Annual administration report of the Civil Veterinary Department of India - 1910-1911
Year: 1910
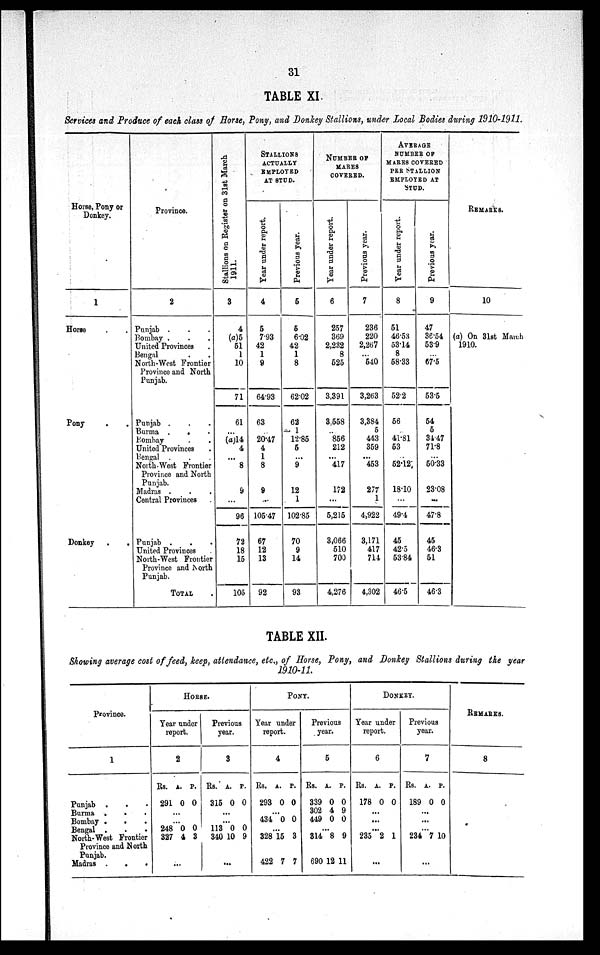
31
TABLE XI.
Services and Produce of each class of Horse, Pony, and Donkey Stallions, under Local Bodies during 1910-1911.
Horse, Pony or
Donkey.
1
Horse . .
Pony . .
Donkey .
.
Province.
2
Punjab . . .
Bombay . . .
United Provinces .
Bengal . .
North-West Frontier
Province and North
Punjab.
Punjab . . .
Burma . . .
Bombay . . .
United Provinces .
Bengal . . .
North-West Frontier
Province and North
Punjab.
Madras . . .
Central Provinces .
Punjab . . .
United Provinces
North-West Frontier
Province and North
Punjab.
TOTAL .
Stallions on Register on 31st March
1911.
3
4
(a) 5
51
1
10
71
61
...
(a)14
4
...
8
9
...
96
72
18
15
105
STALLIONS
ACTUALLY
EMPLOYED
AT STUD.
Year under report.
4
5
7.93
42
1
9
64.93
63
... 20.47
4
1
8
9
...
105.47
67
12
13
92
Previous year.
5
5
6.02
42
1
8
62.02
62
1
12.85
5
...
9
12
1
102.85
70
9
14
93
NUMBER OF
MARES
COVERED.
Year under report.
6
257
369
2,232
8
525
3,391
3,558
.. 856
212
...
417
172
...
5,215
3,066
510
700
4,276
Previous year.
7
236
220
2,267
...
540
3,263
3,384
5
443
359
...
453
277
1
4,922
3,171
417
714
4,302
AVERAGE
NUMBER OF
MARES COVERED
PER STALLION
EMPLOYED AT
STUD.
Year under report.
8
51
46.53
53.14
8
58.33
52.2
56
41.81
53
52.12
18.10
...
49.4
45
42.5
53.84
46.5
Previous year.
9
47
36.54
53.9
...
67.5
53.5
54
5
34.47
71.8
...
50.33
23.08
...
47.8
45
46.3
51
46.3
REMARKS.
10
(a) On 31st March
1910.
TABLE XII.
Showing average cost of feed, keep, attendance, etc., of Horse, Pony, and Donkey Stallions during the year
1910-11.
Province.
1
Punjab . . .
Burma
. . .
Bombay . . .
Bengal . . .
North-West Frontier
Province and North
Punjab.
Madras .
.
.
HORSE.
Year under
report
2
Rs.
291
...
...
248
327
...
A.
0
0
4
P.
0
0
3
Previous
year.
3
Rs.
315
...
...
113
340
...
A.
0
0
10
P.
0
0
9
PONY.
Year under
report.
4
Rs.
293
...
434
...
328
422
A.
0
0
15
7
P.
0
0
3
7
Previou
year.
5
Rs.
339
302
449
...
314
690
A.
0
4
0
8
12
P.
0
9
0
9
11
DONKEY.
Year under
report.
6
Rs.
178
...
...
...
235
...
A.
0
2
P.
0
1
Previous
year.
7
Rs.
189
...
...
...
234
...
A.
0
7
P.
0
10
REMARKS.
8